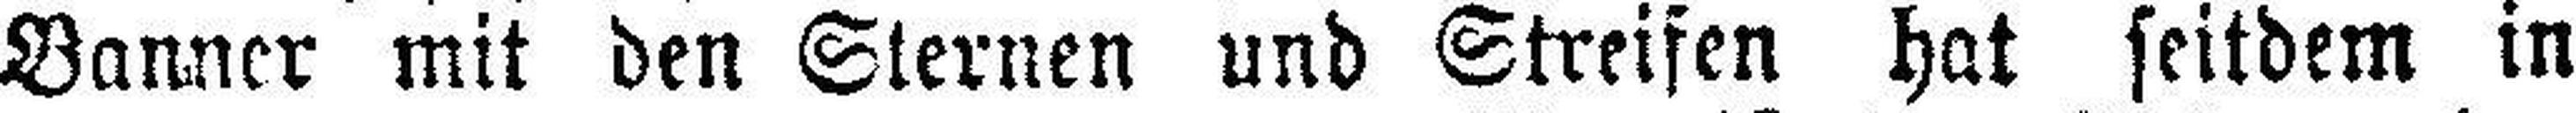
Banner mit den Sternen und Streifen hat seitdem in